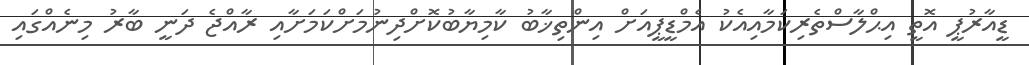
ޑީއާރުޕީ އޮތީ އިޙްލާސްތެރިކަމާއިއެކު އެމްޑީޕީއަށް އިންތިޚާބު ކާމިޔާބުކޮށްދިނުމަށްކަމަށާއި ރާއްޖެ ދަނީ ބާރު މިނެއްގައި